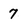
Character: 7